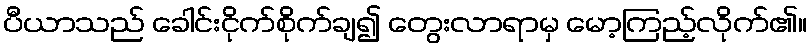
ပီယာသည် ခေါင်းငိုက်စိုက်ချ၍ တွေးလာရာမှ မော့ကြည့်လိုက်၏။